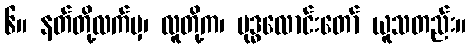
၆။ နတ်တို့လက်မှ၊ လူတို့က၊ ဗုဒ္ဓလောင်းတော် ယူသတည်း။